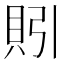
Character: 𰶻